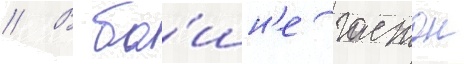
// В ба́шн'е гастон